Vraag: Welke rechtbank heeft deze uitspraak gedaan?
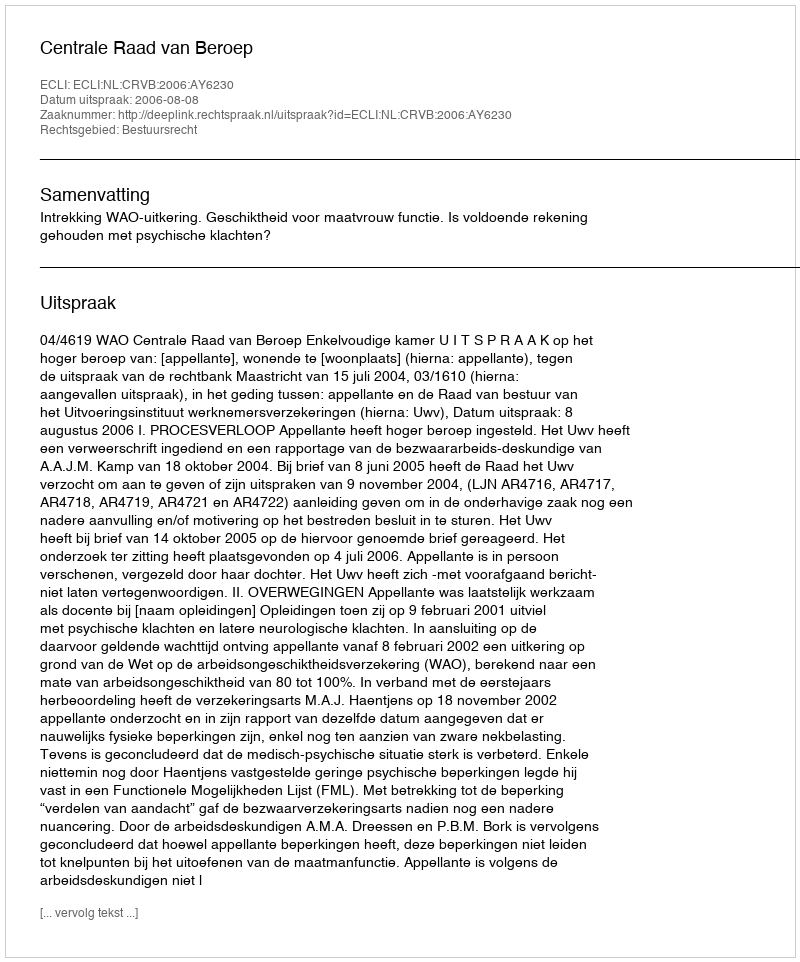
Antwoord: Centrale Raad van Beroep